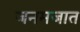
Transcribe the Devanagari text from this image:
जनमजात